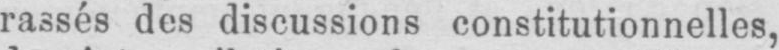
rassés des discussions constitutionnelles,